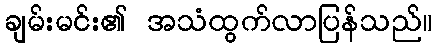
ချမ်းမင်း၏ အသံထွက်လာပြန်သည်။